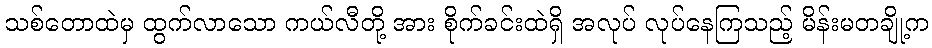
သစ်တောထဲမှ ထွက်လာသော ကယ်လီတို့ အား စိုက်ခင်းထဲရှိ အလုပ် လုပ်နေကြသည့် မိန်းမတချို့က